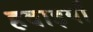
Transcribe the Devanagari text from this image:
हवाइयाँ